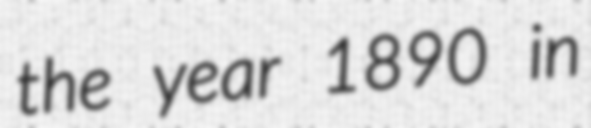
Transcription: the year 1890 in